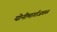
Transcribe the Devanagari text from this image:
योनीमार्गाजवळ